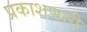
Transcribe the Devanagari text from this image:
प्रकाशणारी